Distribution and causation of leprosy in British India
Year: 1875
Disease focus: Leprosy
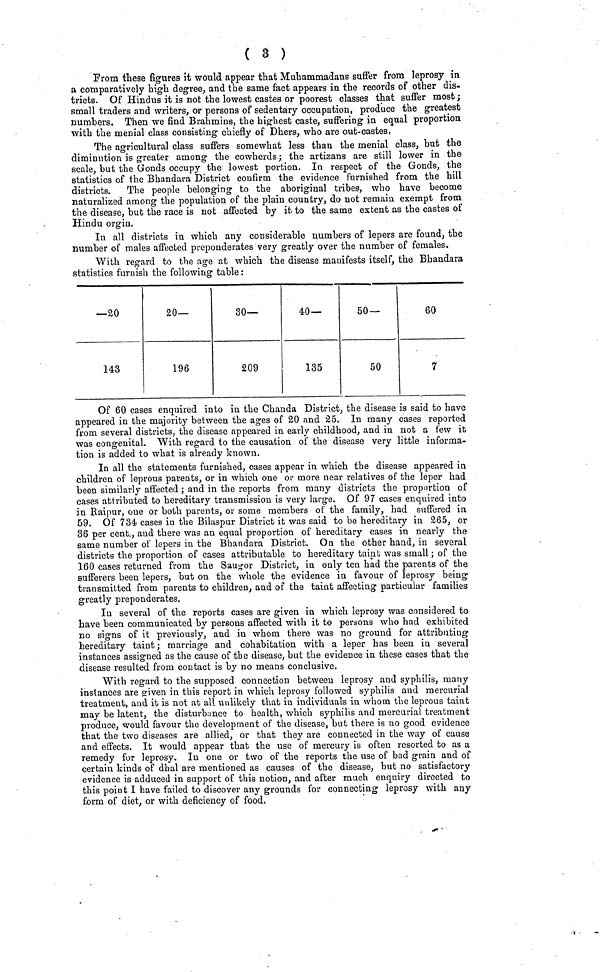
( 3 )
From these figures it would appear that Muhammadans suffer from leprosy in
a comparatively high degree, and the same fact appears in the records of other dis-
tricts. Of Hindus it is not the lowest castes or poorest classes that suffer most ;
small traders and writers, or persons of sedentary occupation, produce the greatest
numbers. Then we find Brahmins, the highest caste, suffering in equal proportion
with the menial class consisting chiefly of D hers, who are out-castes,
The agricultural class suffers somewhat less than the menial class, but the
diminution is greater among the cowherds; the artizans are still lower in the
scale, but the Gonds occupy the lowest portion. In respect of the Gonds, the
statistics of the Bhandara District confirm the evidence furnished from the hill
districts.
The people belonging to the aboriginal tribes, who have become
naturalized among the population of the plain country, do not remain exempt from
the disease, but the race is not affected by it to the same extent as the castes of
Hindu orgin.
In all districts in which any considerable numbers of lepers are found, the
number of males affected preponderates very greatly over the number of females.
With regard to the age at which the disease manifests itself, the Bhandara
statistics furnish the following table :
—20
143
20—
196
30—
209
40—
135
50—
50
60
7
Of 60 cases enquired into in the Chanda District, the disease is said to have
appeared in the majority between the ages of 20 and 25. In many cases reported
from several districts, the disease appeared in early childhood, and in not a few it
was congenital. With regard to the causation of the disease very little informa-
tion is added to what is already known.
In all the statements furnished, cases appear in which the disease appeared in
children of leprous parents, or in which one or more near relatives of the leper had
been similarly affected ; and in the reports from many districts the proportion of
cases attributed to hereditary transmission is very large. Of 97 cases enquired into
in Raipur, one or both parents, or some members of the family, had suffered in
59. Of 734 cases in the Bilaspur District it was said to be hereditary in 265, or
36 per cent., and there was an equal proportion of hereditary cases in nearly the
same number of lepers in the Bhandara District. On the other hand, in several
districts the proportion of cases attributable to hereditary taint was small ; of the
160 cases returned from the Saugor District, in only ten had the parents of the
sufferers been lepers, but on the whole the evidence in favour of leprosy being
transmitted from parents to children, and of the taint affecting particular families
greatly preponderates.
In several of the reports cases are given in which leprosy was considered to
have been communicated by persons affected with it to persons who had exhibited
no signs of it previously, and in whom there was no ground for attributing
hereditary taint; marriage and cohabitation with a leper has been in several
instances assigned as the cause of the disease, but the evidence in these cases that the
disease resulted from contact is by no means conclusive.
With regard to the supposed connection between leprosy and syphilis, many
instances are given in this report in which leprosy followed syphilis and mercurial
treatment, and it is not at all unlikely that in individuals in whom the leprous taint
may be latent, the disturbance to health, which syphilis and mercurial treatment
produce, would favour the development of the disease, but there is no good evidence
that the two diseases are allied, or that they are connected in the way of cause
and effects. It would appear that the use of mercury is often resorted to as a
remedy for leprosy. In one or two of the reports the use of bad grain and of
certain kinds of dhal are mentioned as causes of the disease, but no satisfactory
evidence is adduced in support of this notion, and after much enquiry directed to
this point I have failed to discover any grounds for connecting leprosy with any
form of diet, or with deficiency of food.